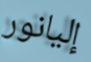
إليانور